Notes on vaccination in the North-West Frontier Province 1923-1928 - 1923-1928
Year: 1923
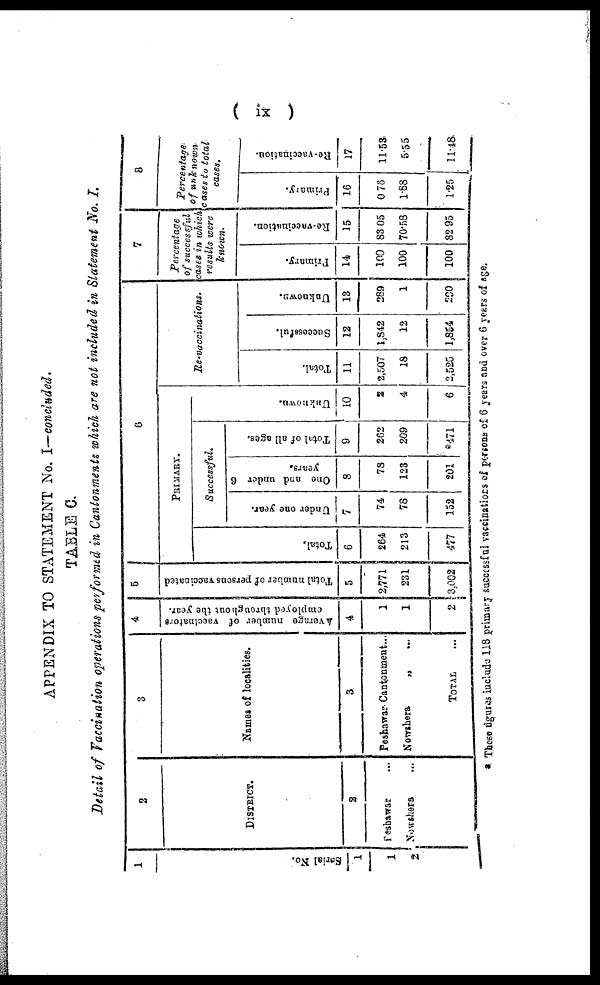
(
ix)
APPENDIX TO STATEMENT No. I—concluded.
TABLE C.
Detail of Vaccination operations performed in Cantonments which are not included in Statement No. I.
1
Serial No.
1
1
2
2
DISTRICT.
2
Peshawar ...
Nowshera ...
3
Names of localities.
3
Peshawar Cantonment...
Nowshera
„
...
TOTAL ...
4
Average number of vaccinators
employed throughout the year.
4
1
1
2
5
Total number of persons vaccinated
5
2,771
231
3,002
6
PRIMARY.
Total.
6
264
213
477
Successful.
Under one year.
7
74
78
152
One and under 6
years.
8
78
123
201
Total of all ages.
9
262
209
471
Unknown.
10
2
4
6
Re-vaccinations.
Total.
11
2,507
18
2,525
Successful.
12
1,842
12
1,854
Unknown.
13
289
1
290
7
Percentage
of successful
cases in which
results were
known.
Primary.
14
100
100
100
Re-vaccination.
15
83.05
70.58
82.95
8
Percentage
of unknown
cases to total
cases.
Primary.
16
0.76
1.88
1.25
Re-vaccination.
17
11.53
5.55
11.48
* These figures include 118 primary successful vaccinations of persons of 6 years and over 6 years of age.